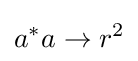
a^{*}a\to r^{2}